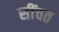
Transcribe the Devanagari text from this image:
सींचत